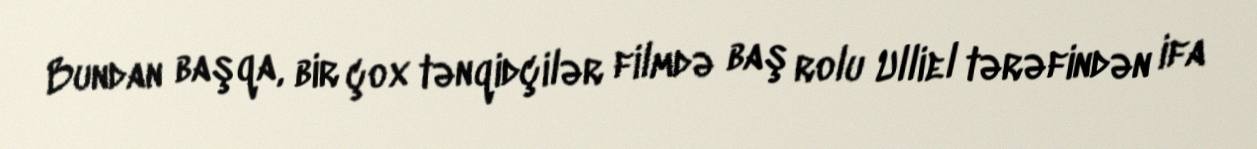
Bundan başqa, bir çox tənqidçilər filmdə baş rolu Ulliel tərəfindən ifa